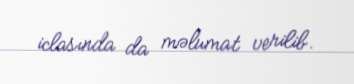
iclasında da məlumat verilib.